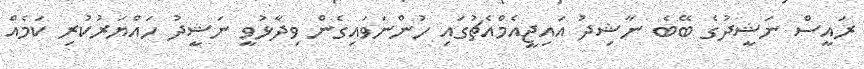
ރައީސް ނަޝީދުގެ ބޭބެ ނާޝިދު އައިޖީއެމްއެޗުގައި ހުންނަވައިގެން ވިދާޅުވީ ނަޝީދު ހައްޔަރުކުރި ކަމެއް